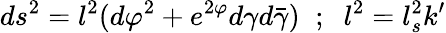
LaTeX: ds^{2}=l^{2}(d\varphi^{2}+e^{2\varphi}d\gamma d\bar{\gamma})\; \; ;\; \; l^{2}=l_{s}^{2}k^{\prime}